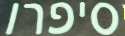
סיפרו